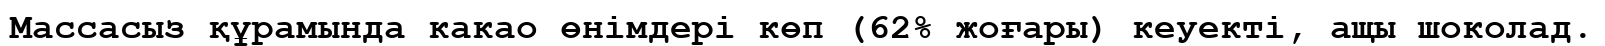
Массасыз құрамында какао өнімдері көп (62% жоғары) кеуекті, ащы шоколад.